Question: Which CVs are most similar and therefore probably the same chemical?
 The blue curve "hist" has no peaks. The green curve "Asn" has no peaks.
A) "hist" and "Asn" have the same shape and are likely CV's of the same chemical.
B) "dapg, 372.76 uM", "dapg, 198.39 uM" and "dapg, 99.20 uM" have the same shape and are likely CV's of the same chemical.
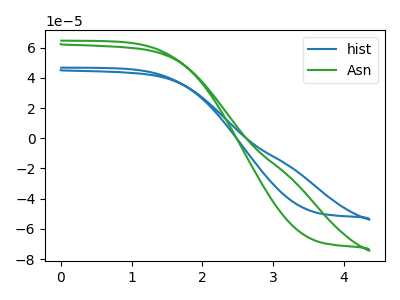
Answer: <think>Neither "hist" or "Asn" have any peaks.
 </think>
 <answer>A) "hist" and "Asn" have the same shape and are likely CV's of the same chemical.</answer>
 <eval>A</eval>